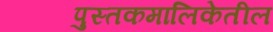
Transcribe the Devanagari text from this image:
पुस्तकमालिकेतील